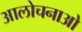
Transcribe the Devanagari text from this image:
आलोचनाओ